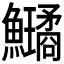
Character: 𩽗